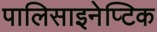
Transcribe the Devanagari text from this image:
पालिसाइनेप्टिक